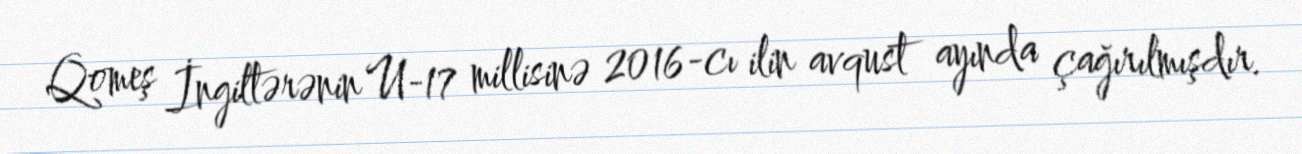
Qomeş İngiltərənin U-17 millisinə 2016-cı ilin avqust ayında çağırılmışdır.